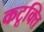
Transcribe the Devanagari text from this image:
कटूक्ति